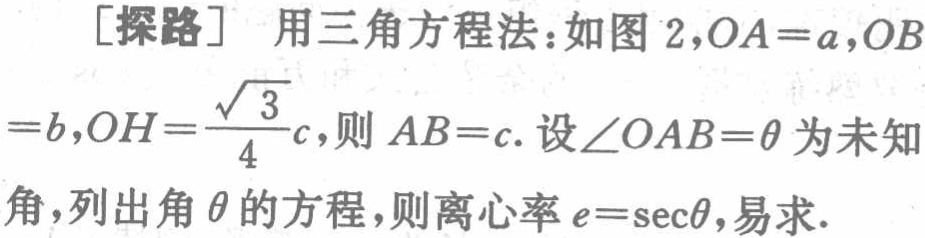
[探路] 用三角方程法：如图 2,$OA = a,OB = b,OH=\frac{\sqrt{3}}{4}c$,则$AB = c$. 设$\angle OAB=\theta$为未知角,列出角$\theta$的方程,则离心率$e = \sec\theta$,易求.